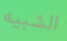
الشبيه